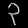
Digit: ၃